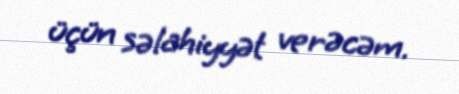
üçün səlahiyyət verəcəm.